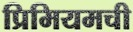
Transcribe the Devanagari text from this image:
प्रिमियमची